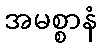
အမစ္စာနံ